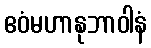
ဧဝံမဟာနုဘာဝါနံ